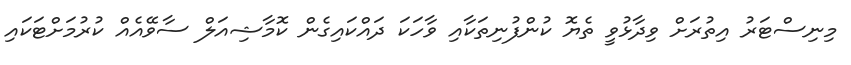
މިނިސްޓަރު އިތުރަށް ވިދާޅުވީ ތެޔޮ ކުންފުނިތަކާއި ވާހަކަ ދައްކައިގެން ކޮމާޝިއަލް ސާވޭއެއް ކުރުމަށްޓަކައި